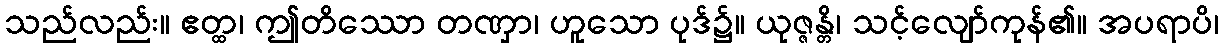
သည်လည်း။ ဧတ္ထ၊ ဤတိဿော တဏှာ၊ ဟူသော ပုဒ်၌။ ယုဇ္ဇန္တိ၊ သင့်လျော်ကုန်၏။ အပရာပိ၊